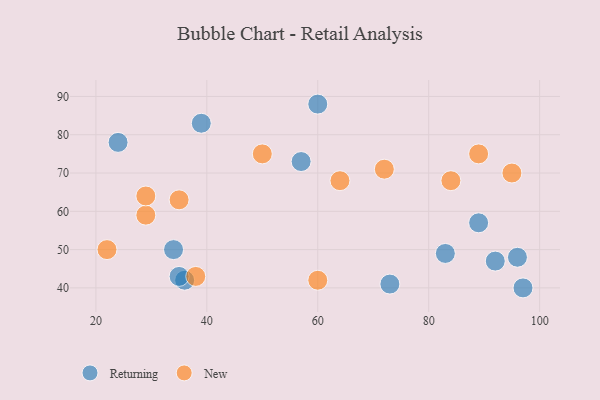
{"axis": {"x": "GDP", "y": "Life Expectancy"}, "legend": ["New", "Returning"], "data": [{"x": "24", "y": 78, "type": "Returning"}, {"x": "34", "y": 50, "type": "Returning"}, {"x": "73", "y": 41, "type": "Returning"}, {"x": "97", "y": 40, "type": "Returning"}, {"x": "36", "y": 42, "type": "Returning"}, {"x": "83", "y": 49, "type": "Returning"}, {"x": "89", "y": 57, "type": "Returning"}, {"x": "60", "y": 88, "type": "Returning"}, {"x": "57", "y": 73, "type": "Returning"}, {"x": "35", "y": 43, "type": "Returning"}, {"x": "92", "y": 47, "type": "Returning"}, {"x": "39", "y": 83, "type": "Returning"}, {"x": "96", "y": 48, "type": "Returning"}, {"x": "95", "y": 70, "type": "New"}, {"x": "38", "y": 43, "type": "New"}, {"x": "89", "y": 75, "type": "New"}, {"x": "64", "y": 68, "type": "New"}, {"x": "84", "y": 68, "type": "New"}, {"x": "29", "y": 59, "type": "New"}, {"x": "22", "y": 50, "type": "New"}, {"x": "29", "y": 64, "type": "New"}, {"x": "72", "y": 71, "type": "New"}, {"x": "35", "y": 63, "type": "New"}, {"x": "50", "y": 75, "type": "New"}, {"x": "60", "y": 42, "type": "New"}]}